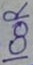
Text: 100R